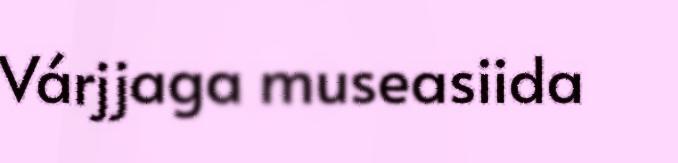
Várjjaga museasiida